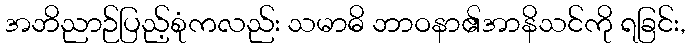
အဘိညာဉ်ပြည့်စုံကလည်း သမာဓိ ဘာဝနာ၏အာနိသင်ကို ရခြင်း,